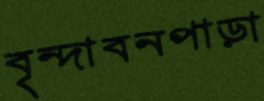
বৃন্দাবনপাড়া